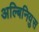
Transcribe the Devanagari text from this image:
अल्बिनियुस